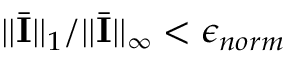
| | \bar { \mathbf { I } } | | _ { 1 } / | | \bar { \mathbf { I } } | | _ { \infty } < \epsilon _ { n o r m }